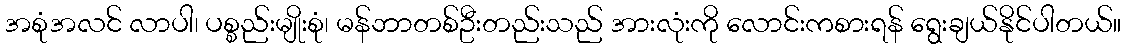
အစုံအလင် လာပါ၊ ပစ္စည်းမျိုးစုံ၊ မန်ဘာတစ်ဦးတည်းသည် အားလုံးကို လောင်းကစားရန် ရွေးချယ်နိုင်ပါတယ်။